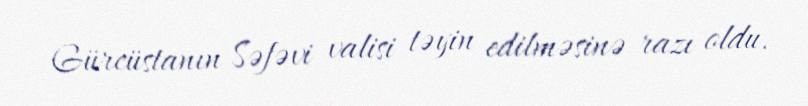
Gürcüstanın Səfəvi valisi təyin edilməsinə razı oldu.